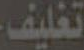
تغليف